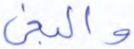
والبغي